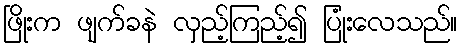
ဖြိုးက ဖျက်ခနဲ လှည့်ကြည့်၍ ပြုံးလေသည်။